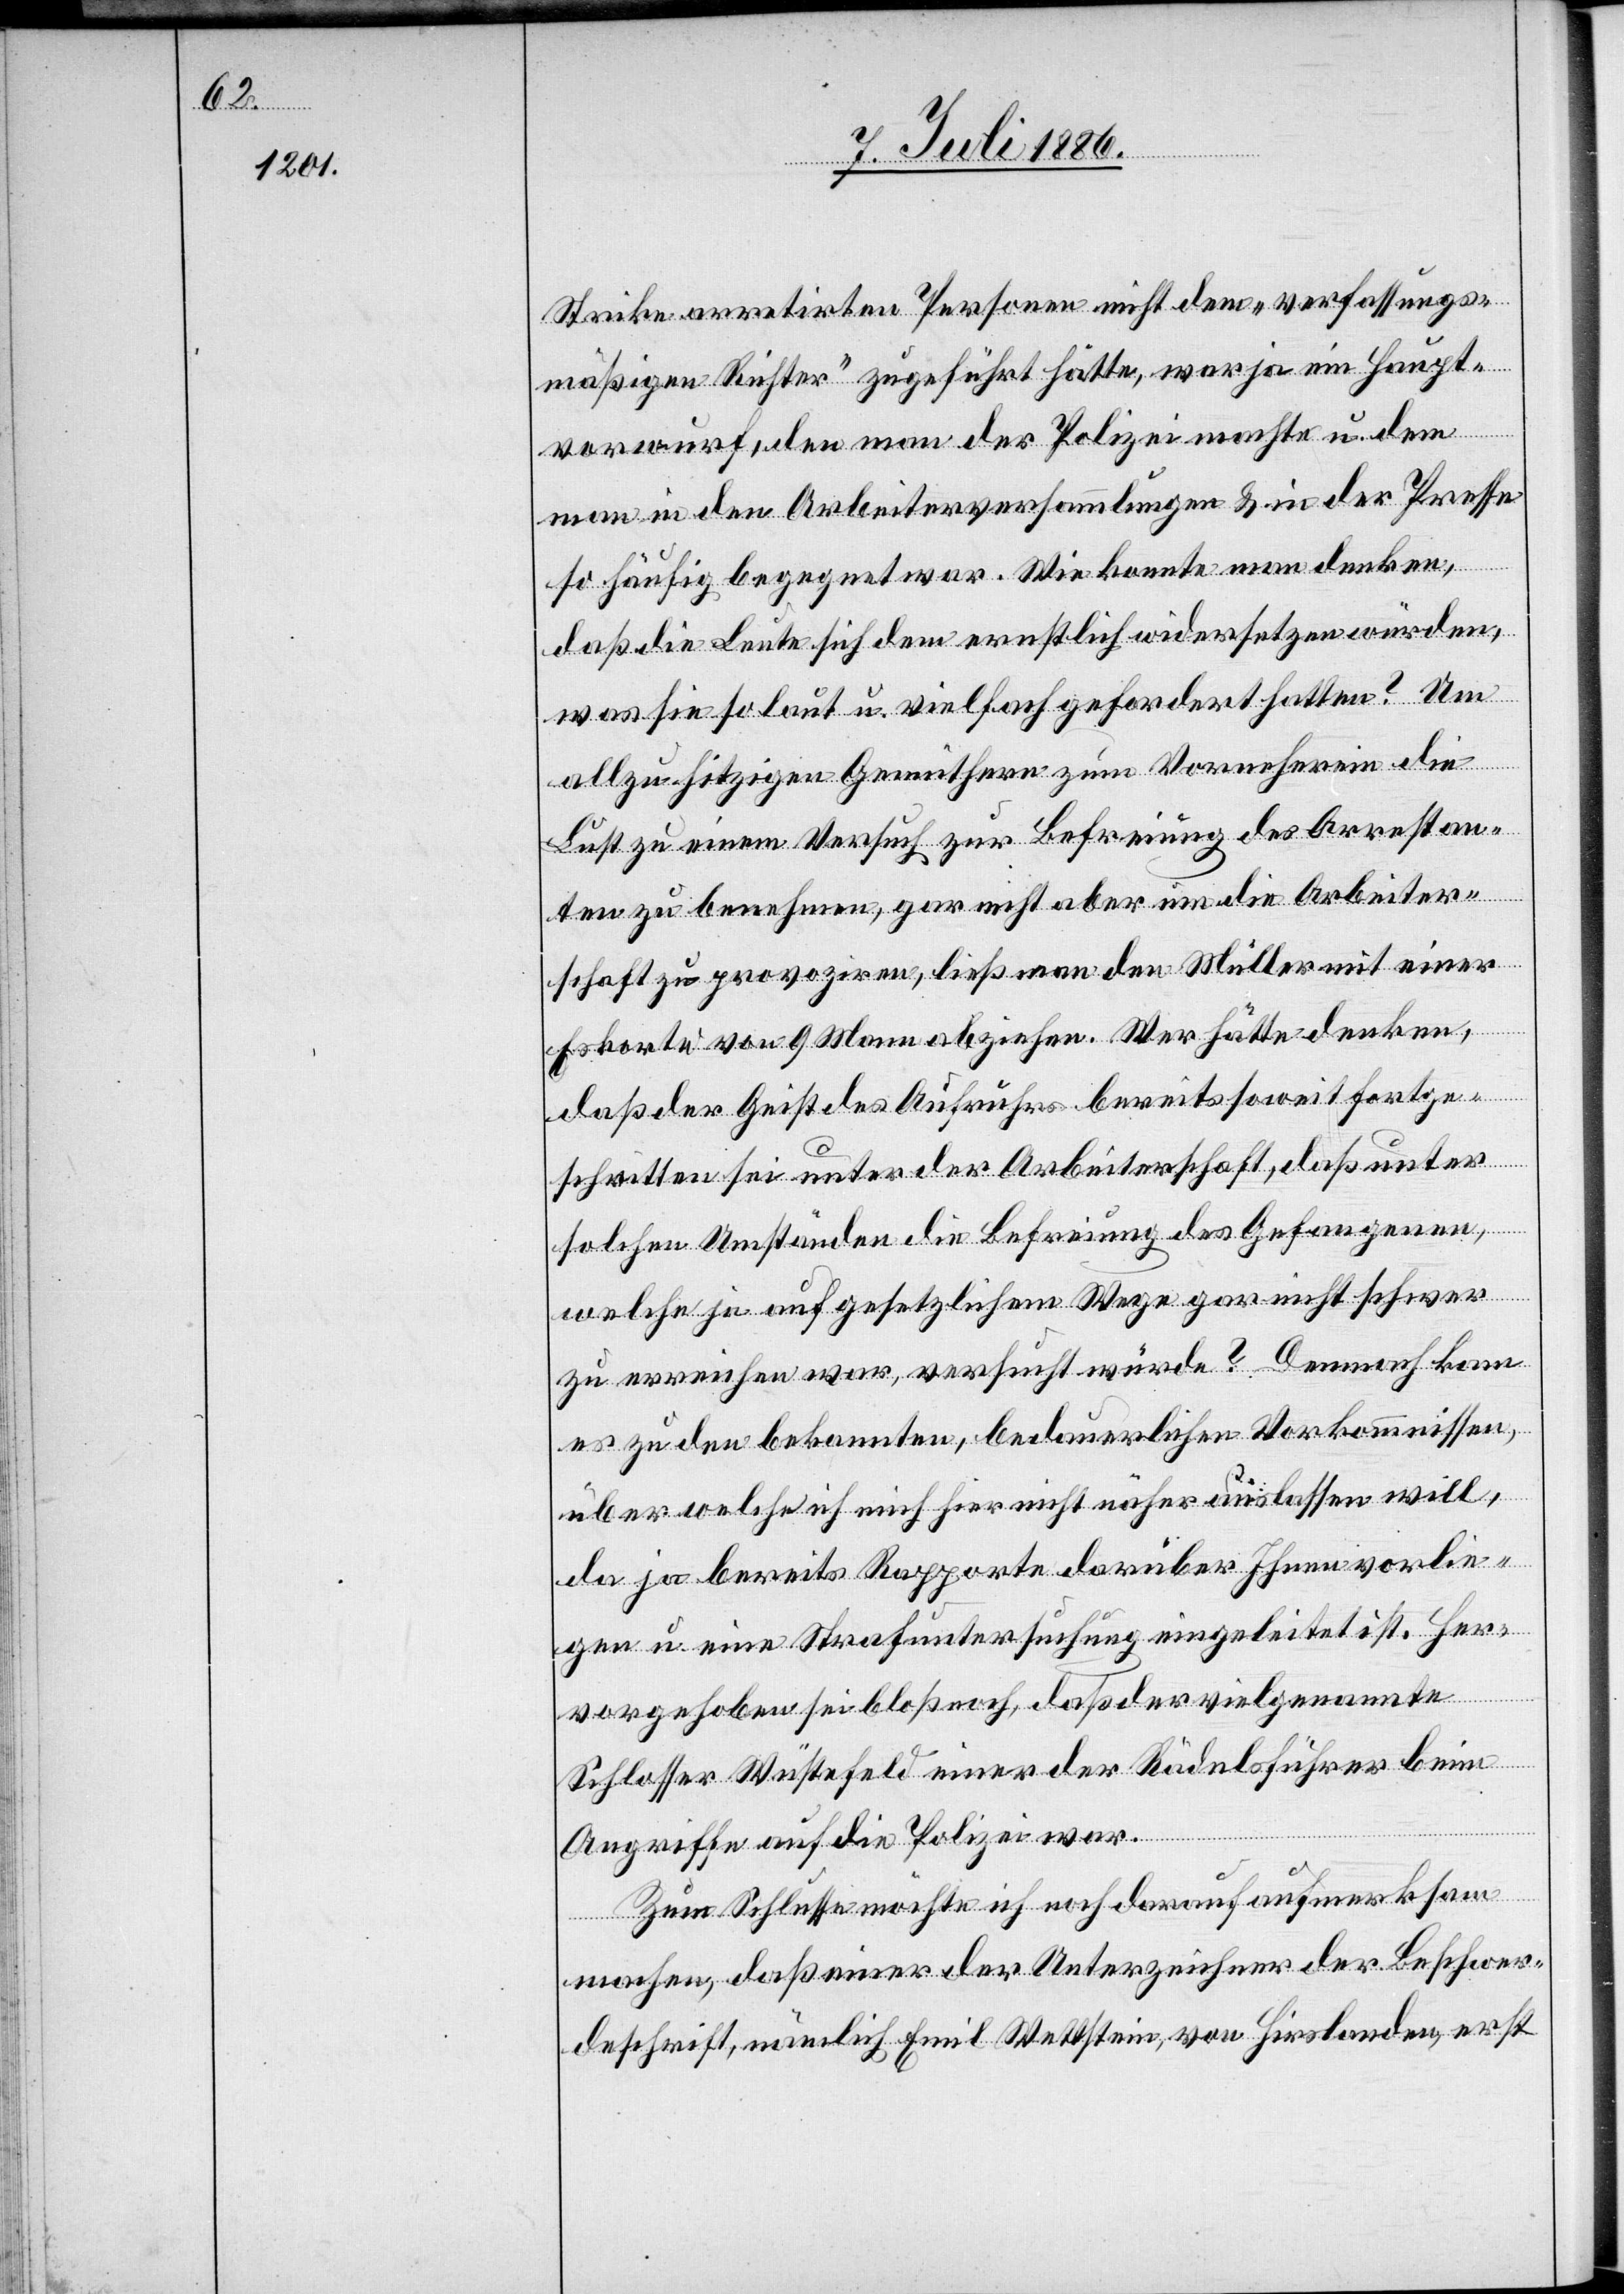
Strike arretirten Personen nicht dem „verfassungs¬
mäßigen Richter“ zugeführt hätte, war ja ein Haupt¬
vorwurf, den man der Polizei machte u. dem
man in den Arbeiterversammlungen & in der Presse
so häufig begegnet war. Wie konnte man denken,
daß die Leute sich dem ernstlich widersetzen würden,
was sie so laut u. vielfach gefordert hatten? Um
allzu hitzigen Gemüthern zum Vorneherein die
Lust zu einem Versuch zur Befreiung des Arrestan¬
ten zu benehmen, gar nicht aber um die Arbeiter¬
schaft zu provoziren, ließ man den Müller mit einer
Eskorte von 9 Mann abziehen. Wer hätte denken
daß der Geist des Aufruhres bereits soweit fortge¬
schritten sei unter der Arbeiterschaft, daß unter
solchen Umständen die Befreiung des Gefangenen,
welche ja auf gesetzlichem Wege gar nicht schwer
zu erreichen war, versucht würde? Demnach kam
es zu den bekannten, bedauerlichen Vorkommnissen,
über welche ich mich hier nicht näher auslassen will,
da ja bereits Rapporte darüber Ihnen vorlie¬
gen u. eine Strafuntersuchung eingeleitet ist. Her¬
vorgehoben sei bloß noch, daß der vielgenannte
Schlosser Wüstefeld einer der Rädelsführer beim
Angriffe auf die Polizei war.
Zum Schlusse möchte ich noch darauf aufmerksam
machen, daß einer der Unterzeichner der Beschwer¬
deschrift, nämlich Emil Wettstein, von Hirslanden, erst